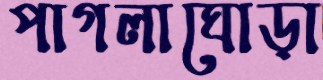
পাগলাঘোড়া